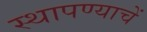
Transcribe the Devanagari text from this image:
स्थापण्याचें